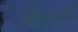
શિરાઝ